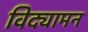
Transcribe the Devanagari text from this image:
विद्यामन